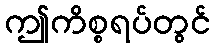
ဤကိစ္စရပ်တွင်